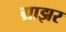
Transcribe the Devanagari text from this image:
ग्राझर